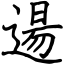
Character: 逿